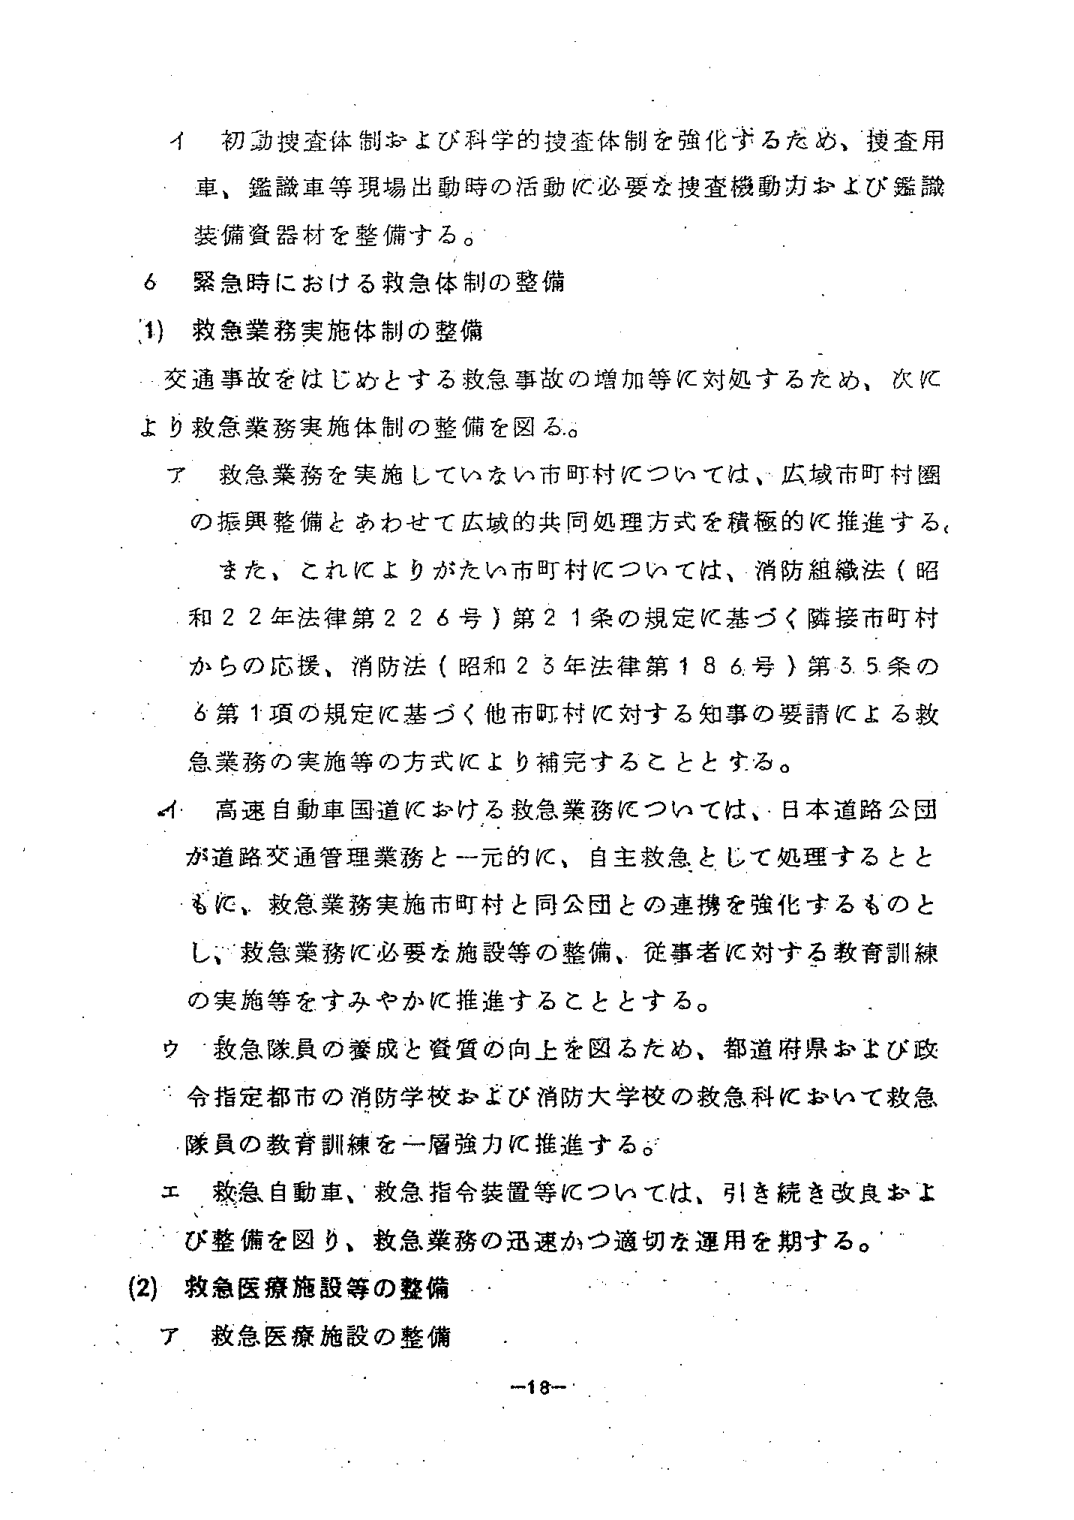
イ 初動捜査体制および科学的捜査体制を強化するため、捜査用車、鑑識車等現場出動時の活動に必要な捜査機動力および鑑識装備資器材を整備する。

6 緊急時における救急体制の整備

(1) 救急業務実施体制の整備

交通事故をはじめとする救急事故の増加等に対処するため、次により救急業務実施体制の整備を図る。

ア 救急業務を実施していない市町村については、広域市町村圏の振興整備とあわせて広域的共同処理方式を積極的に推進する。また、これによりがたい市町村については、消防組織法（昭和22年法律第226号）第21条の規定に基づく隣接市町村からの応援、消防法（昭和23年法律第186号）第35条の6第1項の規定に基づく他市町村に対する知事の要請による救急業務の実施等の方式により補完することとする。

イ 高速自動車国道における救急業務については、日本道路公団が道路交通管理業務と一元的に、自主救急として処理するとともに、救急業務実施市町村と同公団との連携を強化するものとし、救急業務に必要な施設等の整備、従事者に対する教育訓練の実施等をすみやかに推進することとする。

ウ 救急隊員の養成と資質の向上を図るため、都道府県および政令指定都市の消防学校および消防大学校の救急科において救急隊員の教育訓練を一層強力に推進する。

エ 救急自動車、救急指令装置等については、引き続き改良および整備を図り、救急業務の迅速かつ適切な運用を期する。

(2) 救急医療施設等の整備

ア 救急医療施設の整備

-18-